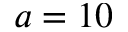
a = 1 0